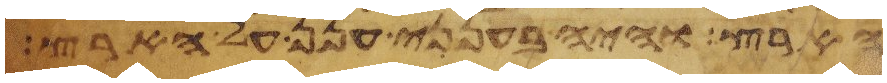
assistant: הארץ והיה בענני ענן על הארץ